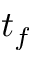
t _ { f }